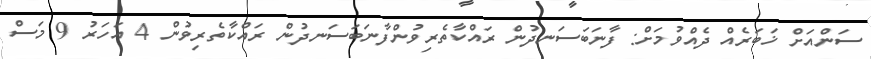
ސަންއަށް ޚަބަރެއް ދެއްވުމަށް: ފާނަބަސަނދުން ރައްކާތެރިވުންފާނަބަސަނދުން ރައްކާތެރިވުން 4 އަހަރު 9 މަސް